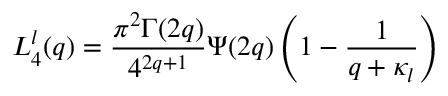
L _ { 4 } ^ { l } ( q ) = \frac { \pi ^ { 2 } \Gamma ( 2 q ) } { 4 ^ { 2 q + 1 } } \Psi ( 2 q ) \left( 1 - \frac 1 { q + \kappa _ { l } } \right)